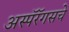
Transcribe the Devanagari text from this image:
अस्पॅरॅगसचे